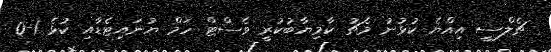
ޗެލްސީ އިއްޔެ ކުޅުނު މެޗު ކާމިޔާބުކުރީ ވެސްޓް ހަމް ޔުނައިޓެޑާއި ކުޅެ 1-0